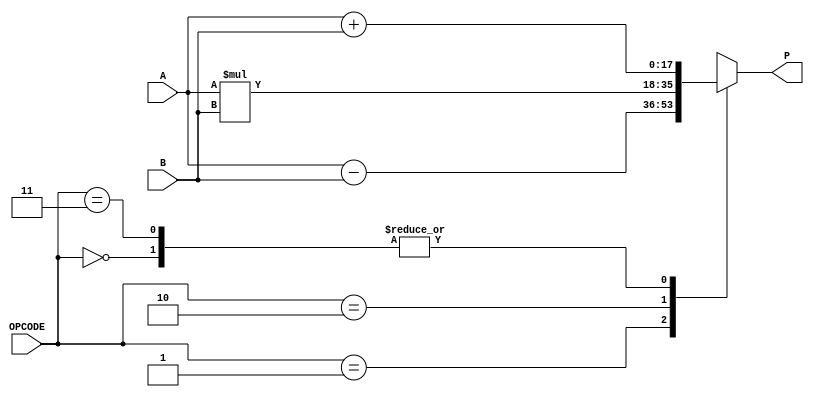
`timescale 1ns / 1ps


module ALU(OPCODE,A,B,P);

	input [1:0] OPCODE;
	input signed [17:0] A,B;
	output reg [17:0] P;
	
	always@(*)
		case(OPCODE)
				2'b00: P=A+B;
				2'b01: P=A-B;
				2'b10: P=A*B;
				2'b11: P=A+B;
		endcase
	


endmodule